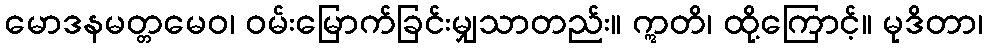
မောဒနမတ္တမေဝ၊ ဝမ်းမြောက်ခြင်းမျှသာတည်း။ ဣတိ၊ ထို့ကြောင့်။ မုဒိတာ၊